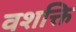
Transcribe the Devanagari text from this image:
वशक्ति